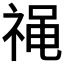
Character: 𫀓